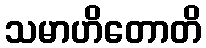
သမာဟိတောတိ